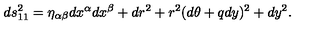
d s _ { 1 1 } ^ { 2 } = \eta _ { \alpha \beta } d x ^ { \alpha } d x ^ { \beta } + d r ^ { 2 } + r ^ { 2 } ( d \theta + q d y ) ^ { 2 } + d y ^ { 2 } .